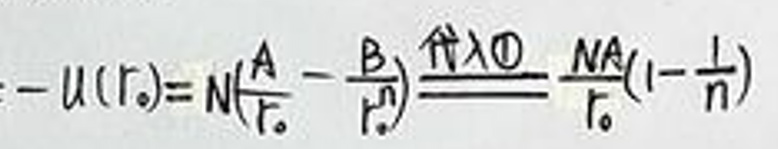
$- u ( r _ { 0 } ) = N ( \frac { A } { r _ { 0 } } - \frac { B } { r _ { 0 } ^ { n } } ) \frac { \Delta r } { r _ { 0 } } \frac { N A } { r _ {0} } ( 1 - \frac { 1 } { n } )$